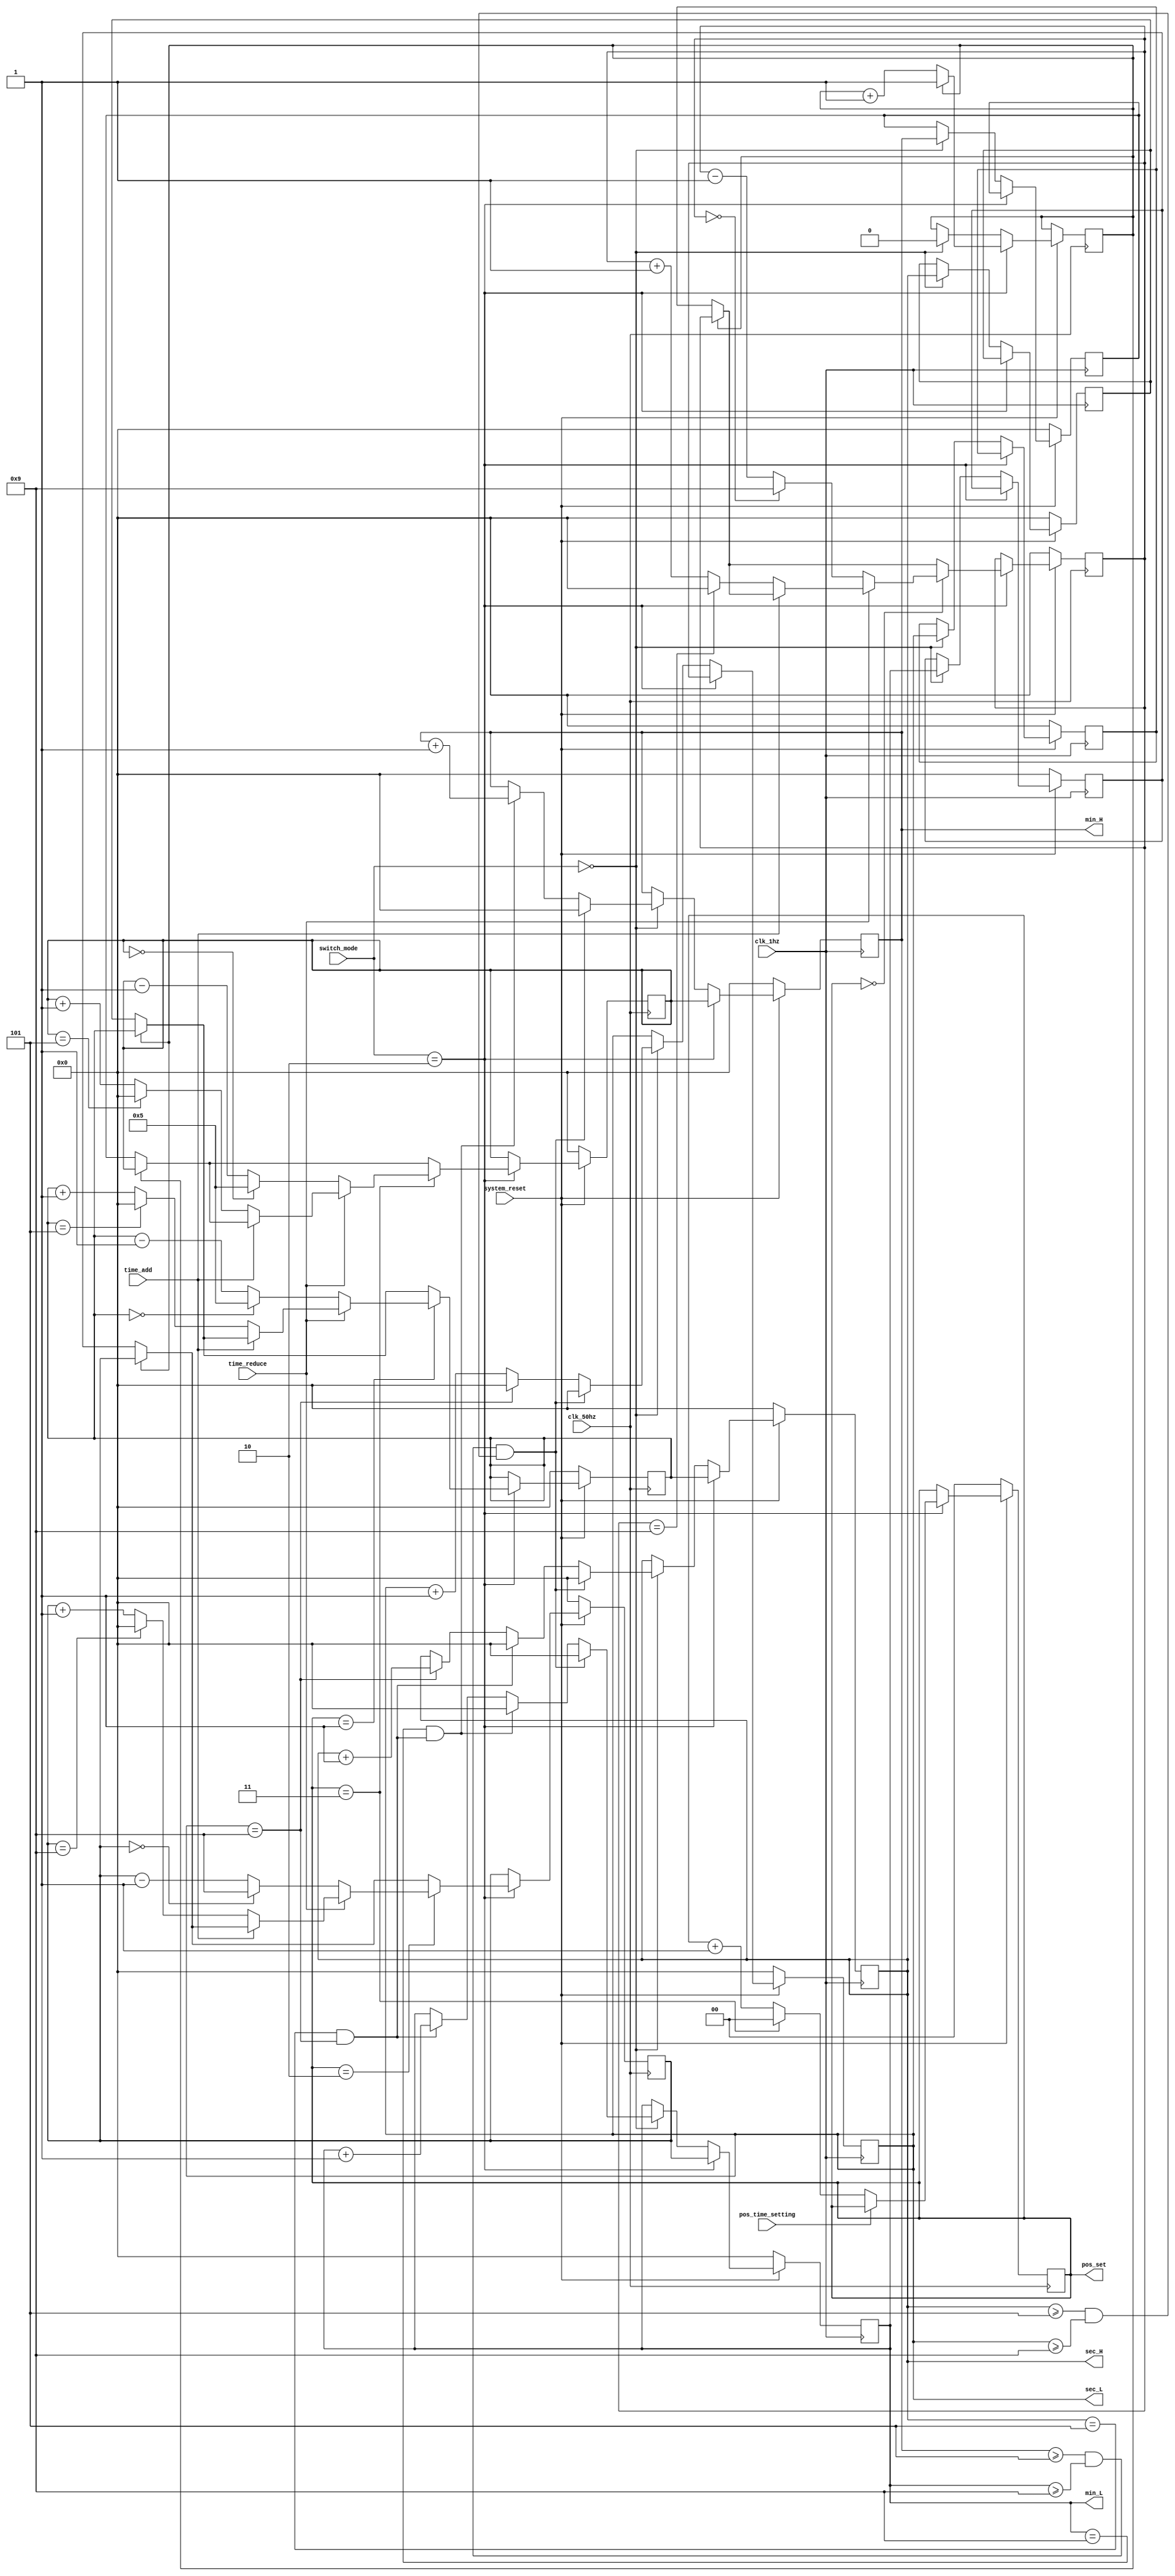
/*
		Student Name: Yang Li
		Studen Number: 1715977	
*/
module Digital_Clock(clk_50hz,
														clk_1hz,
														system_reset,
														pos_time_setting,//key1
														time_add,						//key2
														time_reduce,				//key3
														switch_mode,
														min_H,
														min_L,
														sec_H,
														sec_L,
														//modify
														pos_set);
														//over
														
input 											clk_50hz, 
														clk_1hz;
														
input										   system_reset;

input 											pos_time_setting,
														time_add,	
														time_reduce;
														
input [1:0] 							switch_mode;

output [3:0] 						min_H,	
														min_L,	
														sec_H,	
														sec_L;
														
reg [3:0]									min_H,	
														min_L,	
														sec_H,	
														sec_L;
														
reg[3:0] 									min_H_set, 
														min_L_set, 
														sec_H_set, 
														sec_L_set;
														
reg [3:0] 								temp_min_H,	
														temp_min_L, 
														temp_sec_H,
														temp_sec_L;
//modidy
output[1:0]							pos_set;
//over
reg[1:0]  								pos_set;

reg												loop;
reg[3:0]									conflict;

//clock count
always@(posedge clk_1hz)
begin
		if(system_reset == 0)
		begin
					min_H <= 4'b0000;
					min_L<= 4'b0000;
					sec_H  <= 4'b0000;
					sec_L	<= 4'b0000;
					temp_sec_H	<=		4'b0000;  
					temp_sec_L	<=		4'b0000;
					temp_min_H	<=		4'b0000;
					temp_min_L	<= 	4'b0000;
					
		end
		else begin
		if(switch_mode == 2'b10)
		begin
						sec_H <= sec_H_set;
						sec_L <= sec_L_set;
						min_H <= min_H_set;
						min_L <= min_L_set;	
		end
						
		//else if(switch_mode == 2'b00)
		else if(switch_mode == 2'b00)
		begin					
						sec_L <= sec_L + 4'b0001;
		
						if(sec_L == 4'b1001)
						begin	
									sec_L <= 4'b0000;
									sec_H <= sec_H + 4'b0001;
						end
		
						if(sec_H == 4'b0101 && sec_L == 4'b1001)
						begin
									sec_H  <= 4'b0000;
									min_L <= min_L + 4'b0001;
						end
		
						if(min_L == 4'b1001 &&(sec_H == 4'b0101 && sec_L == 4'b1001))
						begin
									min_L <= 4'b0000;
									min_H <= min_H + 4'b0001;
						end
						if((min_H >= 4'b0101 && min_L >= 4'b1001) &&(sec_H >= 4'b0101 && sec_L >= 4'b1001))
						begin
									min_H <= 4'b0000;
									min_L<= 4'b0000;
									sec_H  <= 4'b0000;
									sec_L	<= 4'b0000;
						end
						
						temp_sec_H	<=		sec_H;  
						temp_sec_L	<=		sec_L;
						temp_min_H	<=		min_H;
						temp_min_L	<=		min_L;	
						
			
			end
end
end
//____________________________________________

//____________________________________________
//time_setting
always@(posedge clk_50hz )//posedge clk_50hz )//or posedge pos_time_setting or )
begin
				if(system_reset == 0)
				begin		
								sec_H_set <=	4'b0000;
								sec_L_set	<= 4'b0000;
								min_H_set <= 4'b0000;
								min_L_set <= 4'b0000 ;
								pos_set		<= 2'b00;
								
				
				end
				
			else			
			begin
					
					if(switch_mode == 2'b10)
							begin
							if(loop == 0)
							begin			
										sec_H_set <=	temp_sec_H;
										sec_L_set	<= temp_sec_L;//+ 4'b0001; // to solve bug (when switch the mode to time_set, the value of sec_L will reduce 1 )
										min_H_set <= temp_min_H;
										min_L_set <= temp_min_L ;	
										loop <= loop +1;
					
							end
				// determine the position which is changed

							
							if(~pos_time_setting)
							
							begin						
										if(pos_set == 2'b11)
										begin
													pos_set <= 2'b00;
										end
										else
													pos_set <= pos_set+2'b01;
							end
							// second_LOW - time setting
							if(pos_set==2'b00)
							begin
										if(~time_add)
															
										begin
													if(sec_L_set == 4'b1001)
													begin
																sec_L_set <= 4'b0000;
													end
													else
																sec_L_set <= sec_L_set + 4'b0001;
													end
										if(~time_reduce)
														
													begin
													if(sec_L_set == 4'b0000)
													begin
																sec_L_set <= 4'b1001;
													end
													else
																sec_L_set <= sec_L_set - 4'b0001;
													
													end
							end
							//second_HIGH -time setting
							if(pos_set==2'b01)
							begin
										if(~time_add)
														
										begin
													if(sec_H_set == 4'b0101)
													begin
																sec_H_set <= 4'b0000;
													end
													else
																sec_H_set <= sec_H_set + 4'b0001;
							end
													
													if(~time_reduce)										
													begin
													if(sec_H_set == 4'b0000)
													begin
																sec_H_set <= 4'b0101;
													end
													else
																sec_H_set <= sec_H_set - 4'b0001;
																
							end
							end
										//min_LOW -time setting
										if(pos_set==2'b10)
										begin
														
													if(~time_add)
																
													begin
																if(min_L_set == 4'b1001)
																begin
																			min_L_set <= 4'b0000;
																end
																else
																			min_L_set <= min_L_set + 4'b0001;
													end
											
													if(~time_reduce)										
													begin
																	if(min_L_set == 4'b0000)
																	begin
																				min_L_set <= 4'b1001;
																	end
																	else
																				min_L_set <= min_L_set - 4'b0001;
																
													end
										end
										//min_HIGH - time setting
										if(pos_set == 2'b11)
										begin
													
													if(~time_add)
													
													begin
																if(min_H_set == 4'b0101)
																begin
																			min_H_set <= 4'b0000;
																end
																else
																			min_H_set <= min_H_set + 4'b0001;
													end
												
														if(~time_reduce)										
													begin
																	if(min_H_set == 4'b0000)
																	begin
																				min_H_set <= 4'b0101;
																	end
																	else
																				min_H_set <= min_H_set - 4'b0001;
																
													end
													
										end
										//finish
		
				end
	else if(switch_mode == 2'b00)
	begin
				loop <= 0;
	end

	end	
end


endmodule